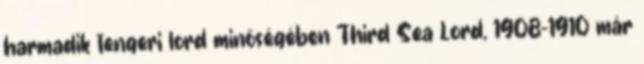
harmadik tengeri lord minőségében Third Sea Lord, 1908-1910 már